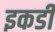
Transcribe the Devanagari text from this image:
इकडी